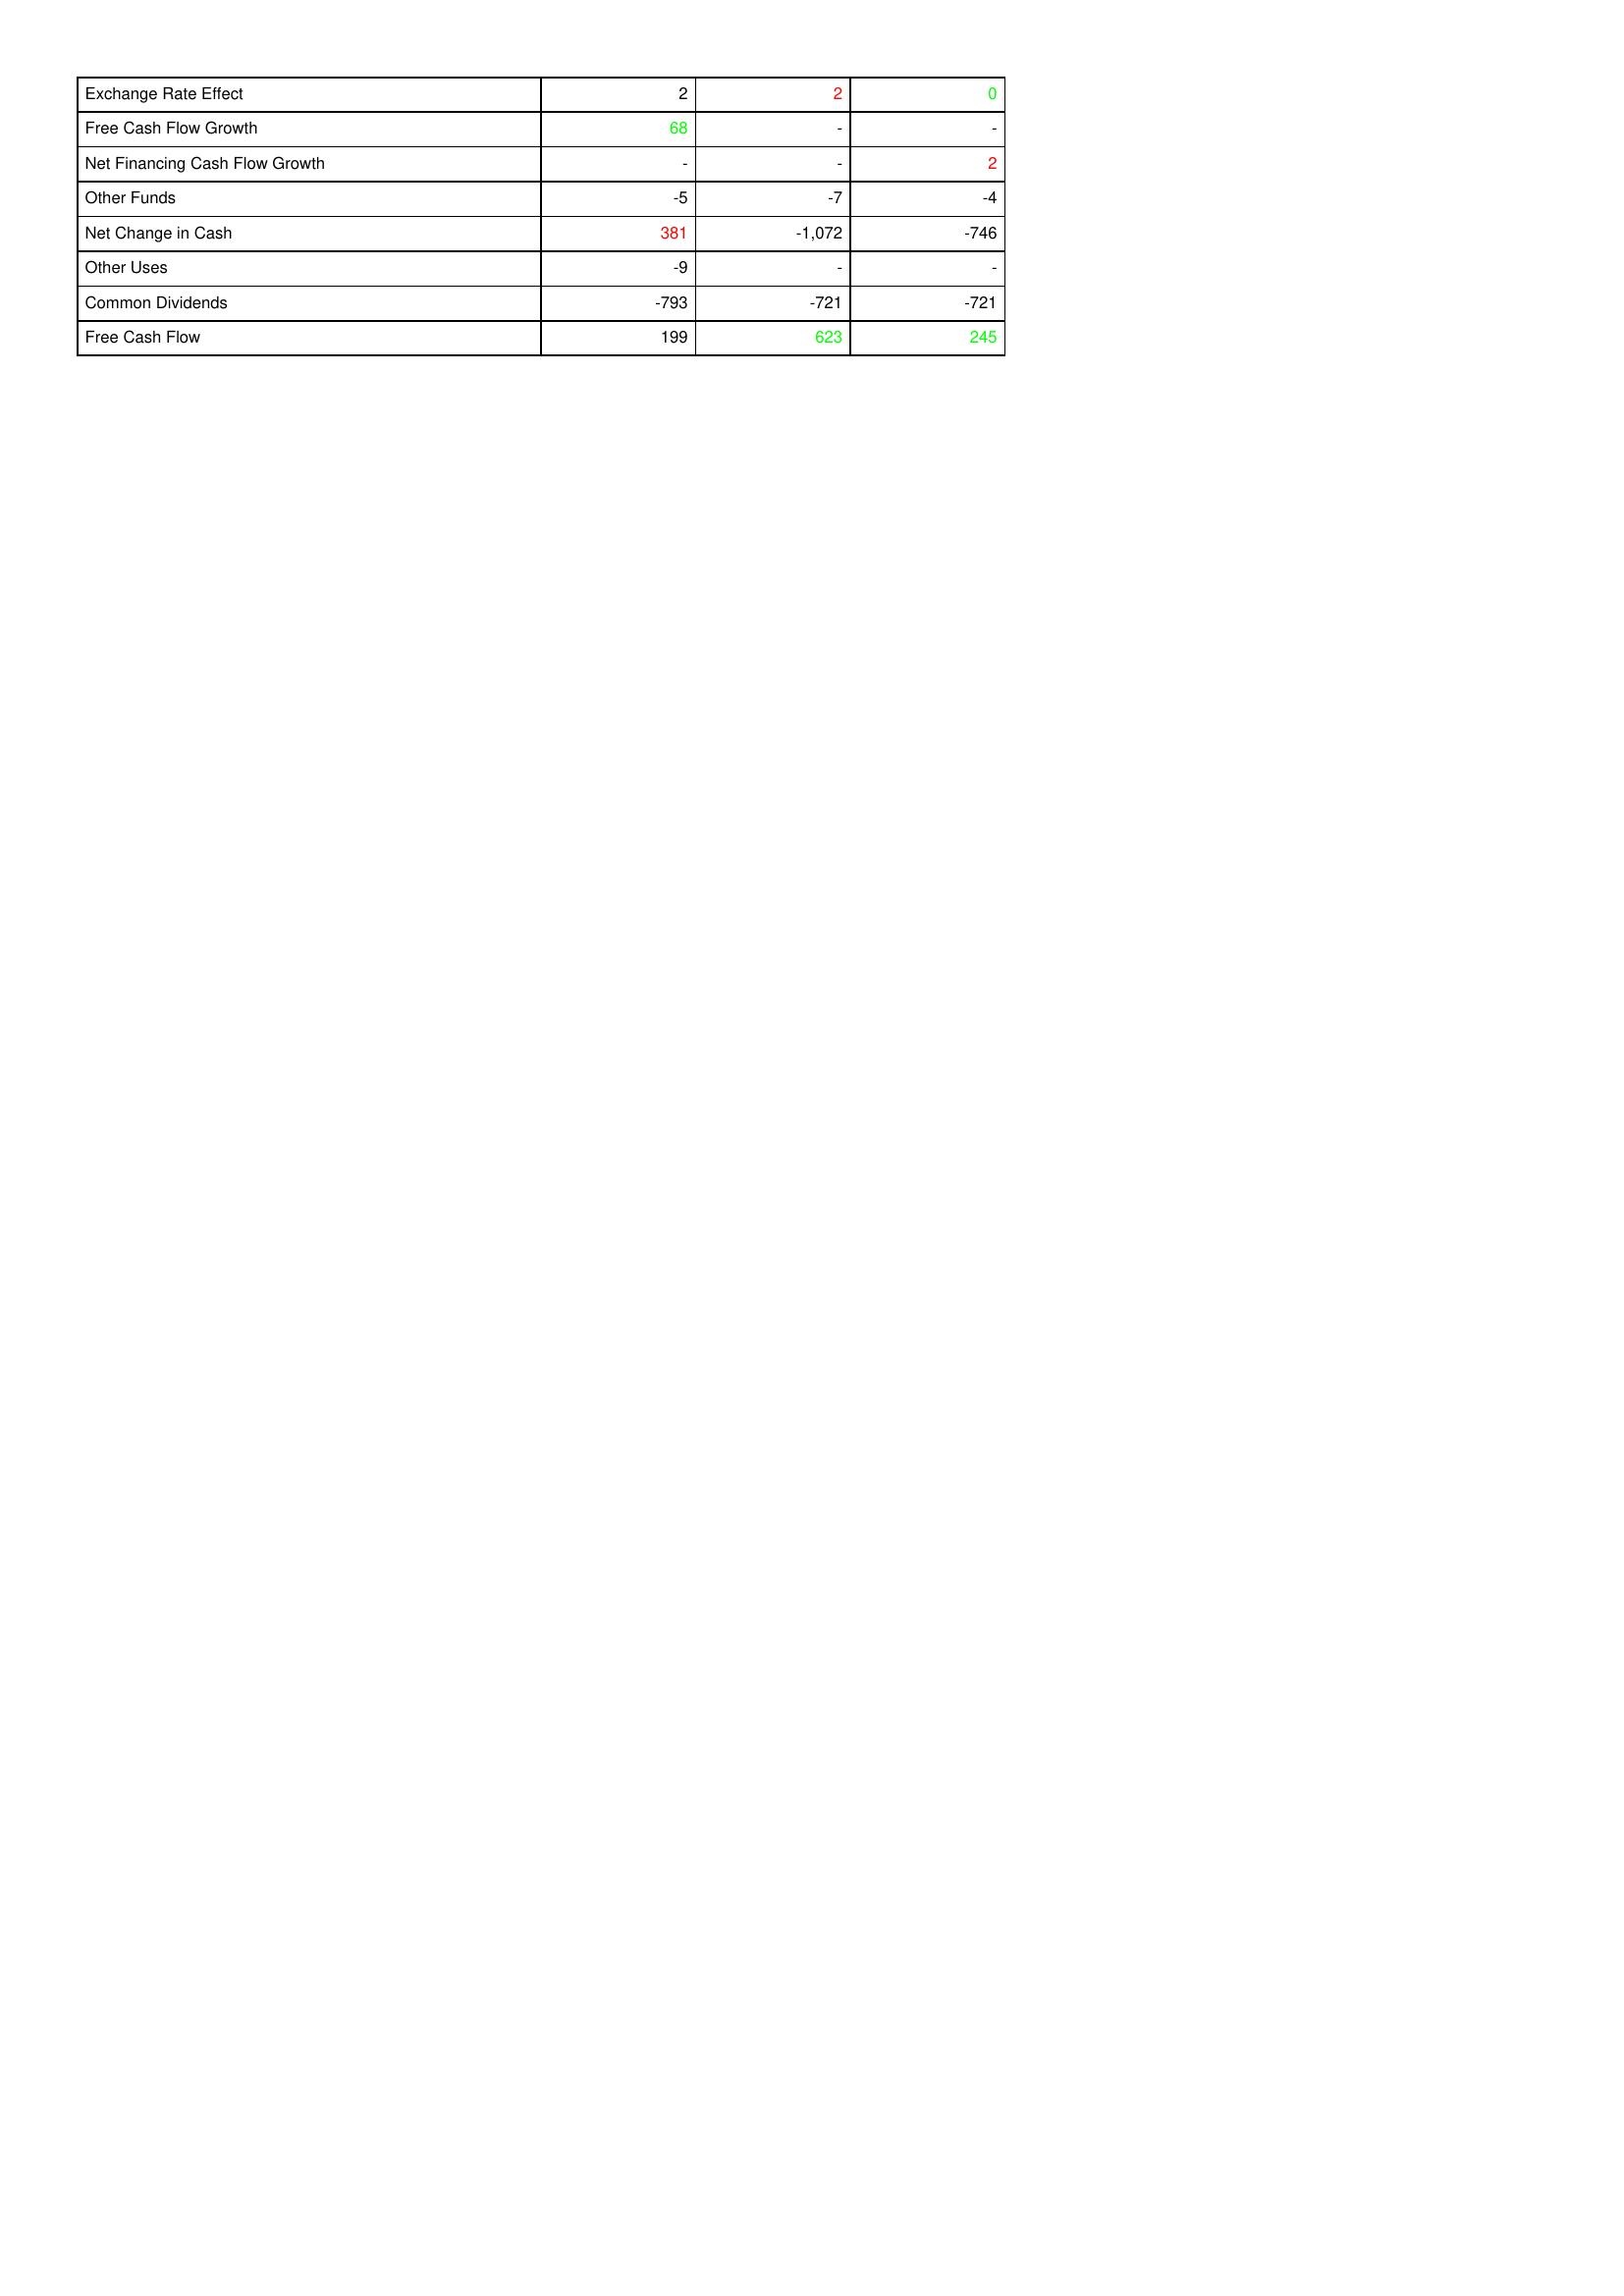
gt_parse: 2007: Financing Activities: Exchange Rate Effect: 2
Free Cash Flow Growth: 68
Net Financing Cash Flow Growth: -
Other Funds: -5
Net Change in Cash: 381
Other Uses: -9
Common Dividends: -793
Free Cash Flow: 199
2008: Financing Activities: Exchange Rate Effect: 2
Free Cash Flow Growth: -
Net Financing Cash Flow Growth: -
Other Funds: -7
Net Change in Cash: -1,072
Other Uses: -
Common Dividends: -721
Free Cash Flow: 623
2009: Financing Activities: Exchange Rate Effect: 0
Free Cash Flow Growth: -
Net Financing Cash Flow Growth: 2
Other Funds: -4
Net Change in Cash: -746
Other Uses: -
Common Dividends: -721
Free Cash Flow: 245